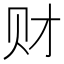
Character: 财